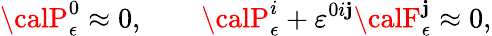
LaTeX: {\calP}_{\epsilon}^{0}\approx0,\qquad{\calP}_{\epsilon}^{i}+\varepsilon^{0i\mathbf{j}}{\calF}_{\epsilon}^{\mathbf{j}}\approx0,